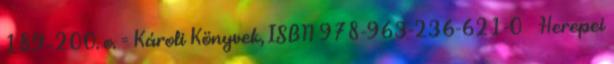
189–200. o. = Károli Könyvek, ISBN 978-963-236-621-0 ↑ Herepei